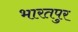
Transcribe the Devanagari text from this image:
भारतपुर